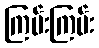
ကြမ်းကြမ်း